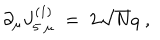
\partial _ { \mu } J _ { 5 \; \mu } ^ { ( 1 ) } \; = \; 2 \sqrt { N } q \; ,